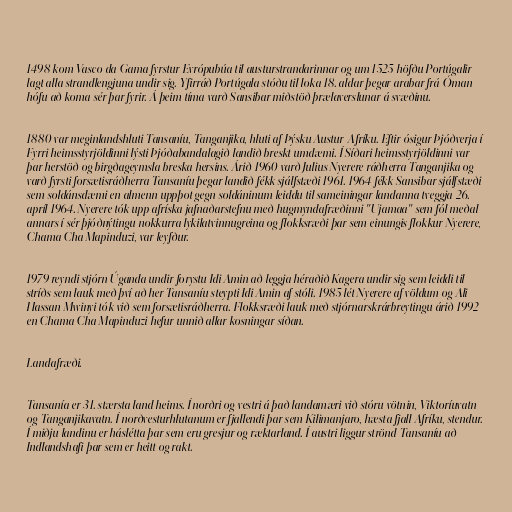
1498 kom Vasco da Gama fyrstur Evrópubúa til austurstrandarinnar og um 1525 höfðu Portúgalir
lagt alla strandlengjuna undir sig. Yfirráð Portúgala stóðu til loka 18. aldar þegar arabar frá Óman
hófu að koma sér þar fyrir. Á þeim tíma varð Sansibar miðstöð þrælaverslunar á svæðinu.

1880 var meginlandshluti Tansaníu, Tanganjika, hluti af Þýsku Austur-Afríku. Eftir ósigur Þjóðverja í
Fyrri heimsstyrjöldinni lýsti Þjóðabandalagið landið breskt umdæmi. Í Síðari heimsstyrjöldinni var
þar herstöð og birgðageymsla breska hersins. Árið 1960 varð Julius Nyerere ráðherra Tanganjika og
varð fyrsti forsætisráðherra Tansaníu þegar landið fékk sjálfstæði 1961. 1964 fékk Sansibar sjálfstæði
sem soldánsdæmi en almenn uppþot gegn soldáninum leiddu til sameiningar landanna tveggja 26.
apríl 1964. Nyerere tók upp afríska jafnaðarstefnu með hugmyndafræðinni "Ujamaa" sem fól meðal
annars í sér þjóðnýtingu nokkurra lykilatvinnugreina og flokksræði þar sem einungis flokkur Nyerere,
Chama Cha Mapinduzi, var leyfður.

1979 reyndi stjórn Úganda undir forystu Idi Amin að leggja héraðið Kagera undir sig sem leiddi til
stríðs sem lauk með því að her Tansaníu steypti Idi Amin af stóli. 1985 lét Nyerere af völdum og Ali
Hassan Mwinyi tók við sem forsætisráðherra. Flokksræði lauk með stjórnarskrárbreytingu árið 1992
en Chama Cha Mapinduzi hefur unnið allar kosningar síðan.

Landafræði.

Tansanía er 31. stærsta land heims. Í norðri og vestri á það landamæri við stóru vötnin, Viktoríuvatn
og Tanganjikavatn. Í norðvesturhlutanum er fjallendi þar sem Kilimanjaro, hæsta fjall Afríku, stendur.
Í miðju landinu er háslétta þar sem eru gresjur og ræktarland. Í austri liggur strönd Tansaníu að
Indlandshafi þar sem er heitt og rakt.